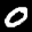
Label: 0